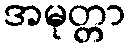
အမုတ္တာ